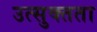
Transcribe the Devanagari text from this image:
उत्सुक्तता